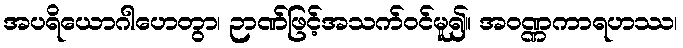
အပရိယောဂါဟေတွာ၊ ဉာဏ်ဖြင့်အသက်ဝင်မူ၍။ အဝဏ္ဏကာရဟဿ၊